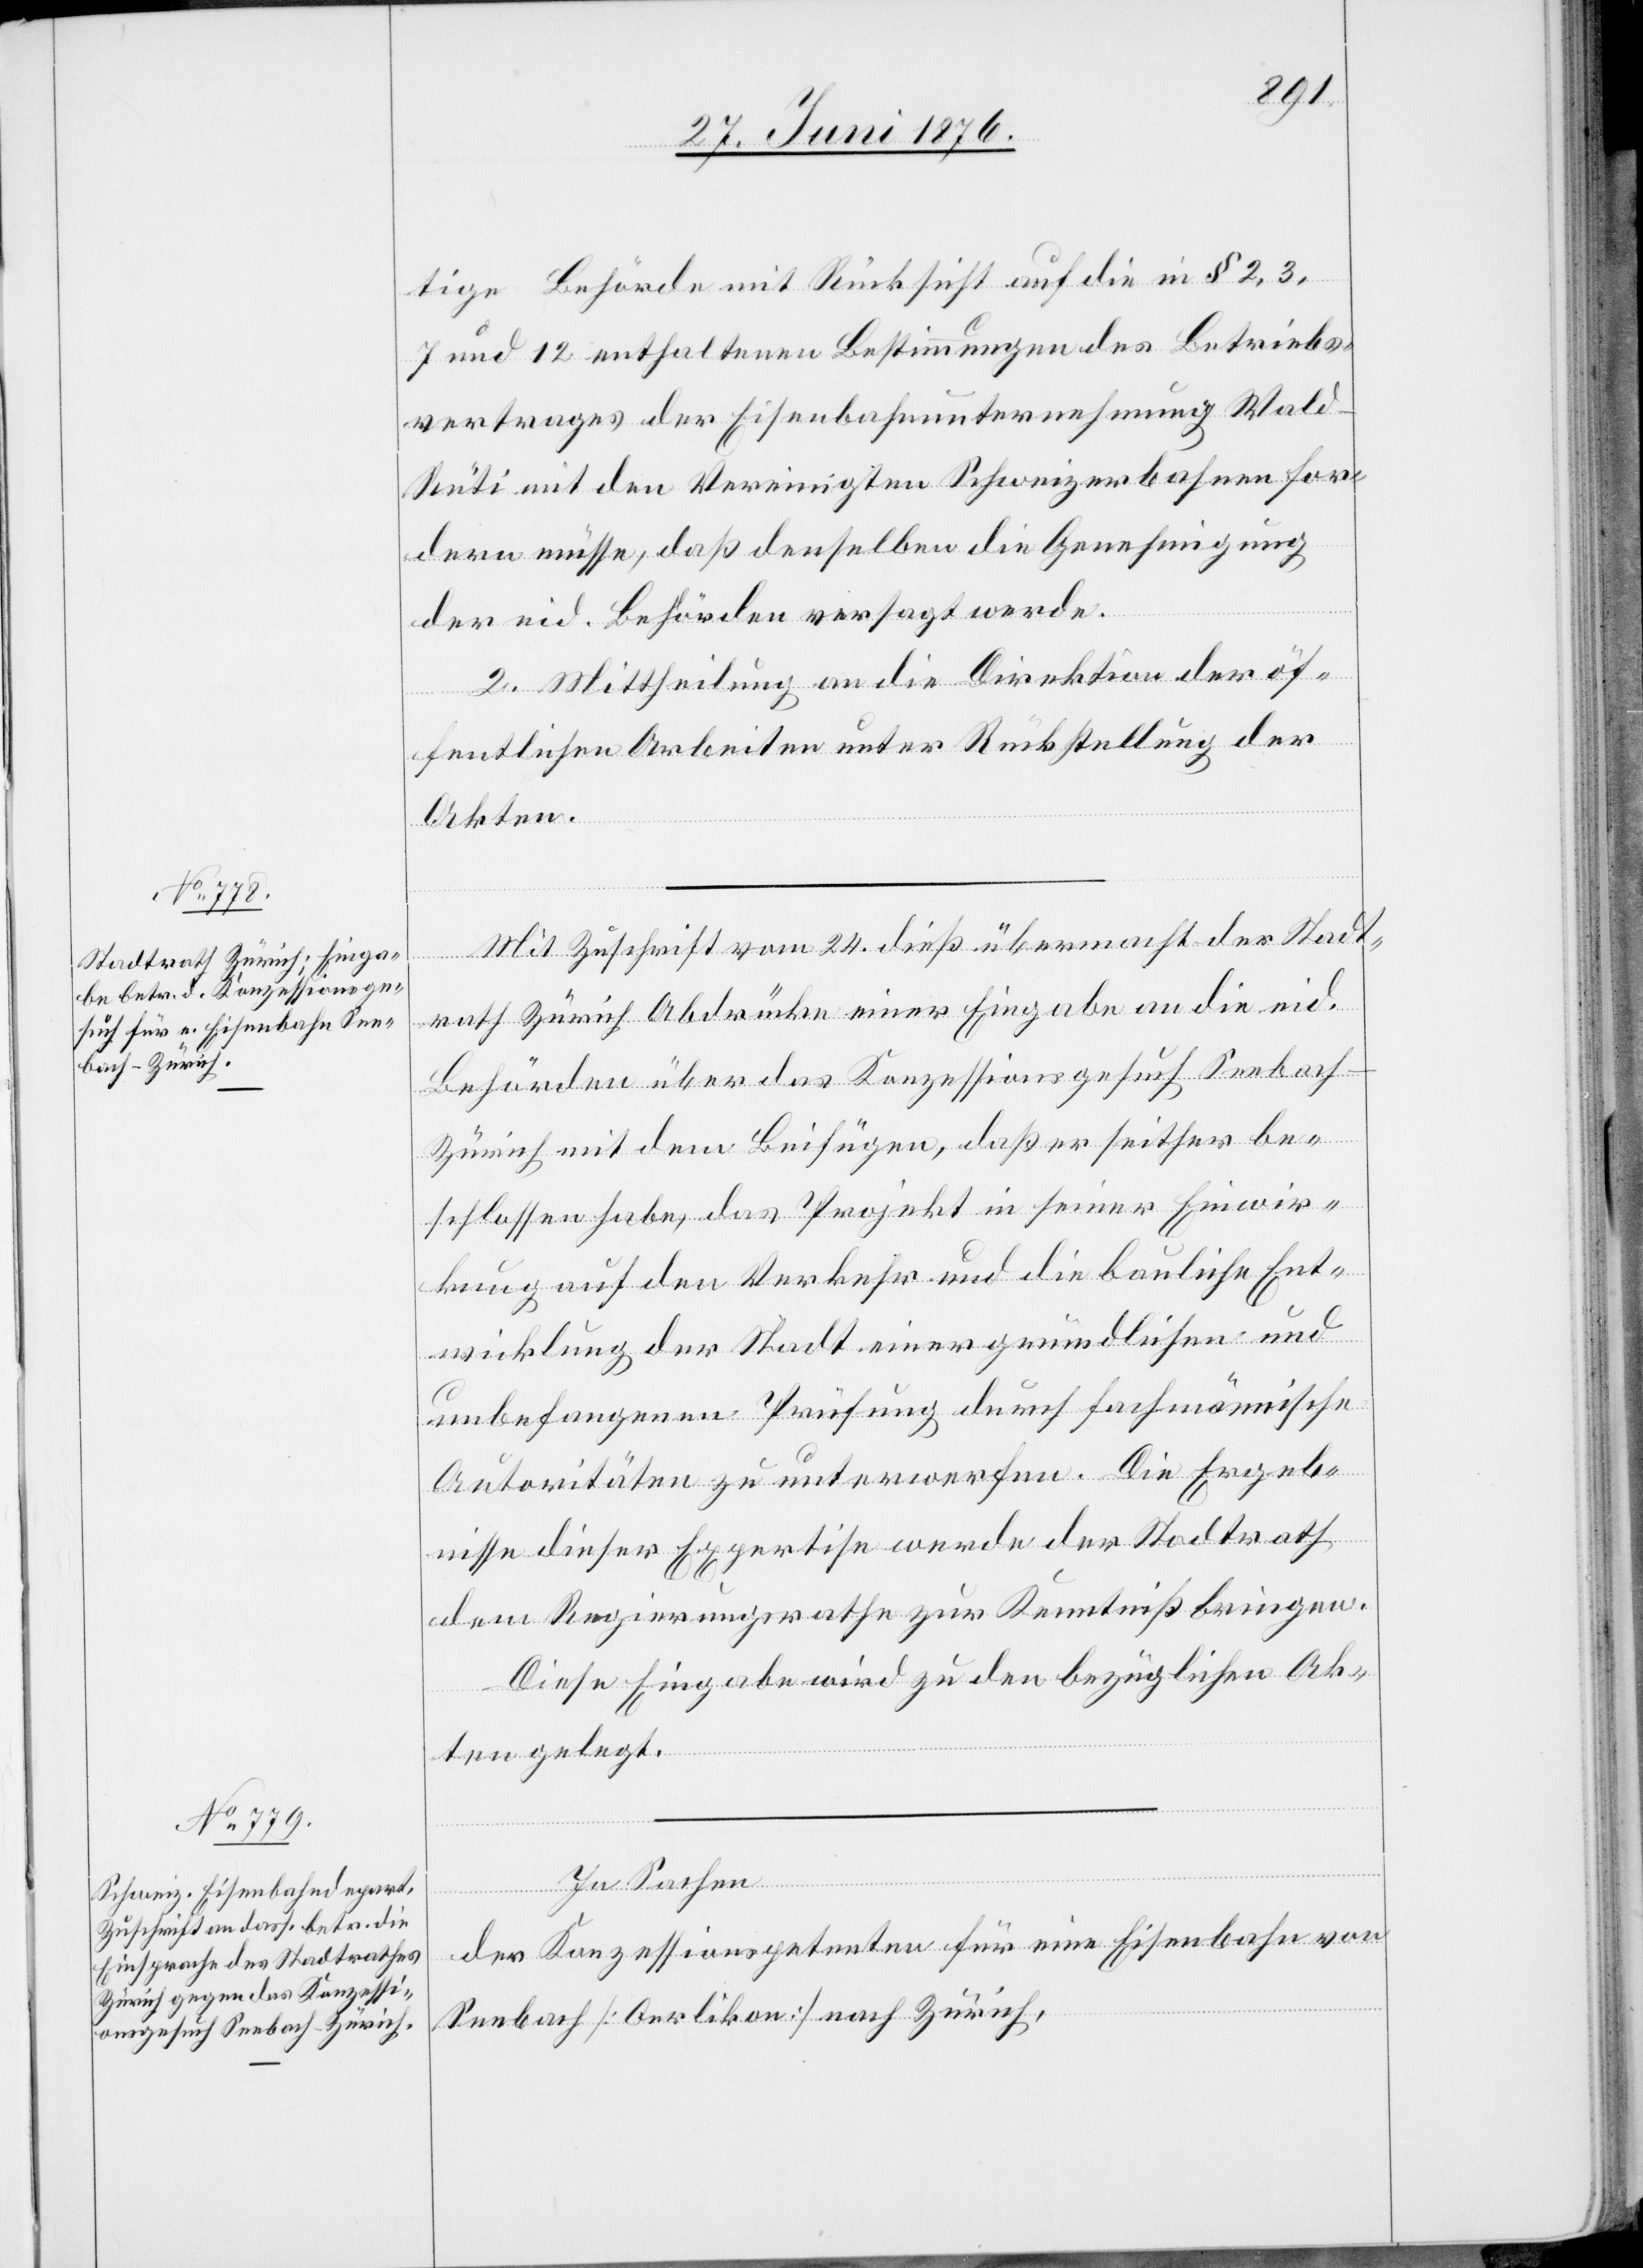
tige Behörde mit Rücksicht auf die in § 2, 3,
7 und 12 enthaltenen Bestimmungen des Betriebs¬
vertrages der Eisenbahnunternehmung Wal¬
d–Rüti mit den Vereinigten Schweizerbahnen for¬
dern müsse, daß derselben die Genehmigung
der eid. Behörden versagt werde.
2. Mittheilung an die Direktion der öf¬
fentlichen Arbeiten unter Rückstellung der
Akten.
Mit Zuschrift vom 24. dieß übermacht der Stadt¬
rath Zürich Abdrücke einer Eingabe an die eid.
Behörde über das Konzessionsgesuch Seebac¬
h–Zürich mit dem Beifügen, daß er seither be¬
schlossen habe, das Projekt in seiner Einwir¬
kung auf den Verkehr und die bauliche Ent¬
wicklung der Stadt einer gründlichen und
unbefangenen Prüfung durch fachmännische
Autoritäten zu unterwerfen. Die Ergeb¬
nisse dieser Expertise werde der Stadtrath
dem Regierungsrathe zur Kenntniß bringen.
Diese Eingabe wird zu den bezüglichen Ak¬
ten gelegt.
In Sachen
der Konzessionspetenten für eine Eisenbahn von
Seebach [Oerlikon] nach Zürich,